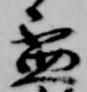
盃